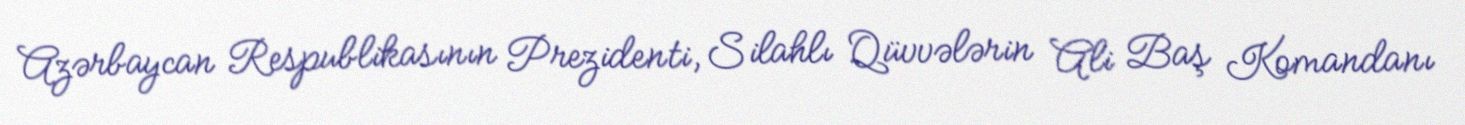
Azərbaycan Respublikasının Prezidenti, Silahlı Qüvvələrin Ali Baş Komandanı